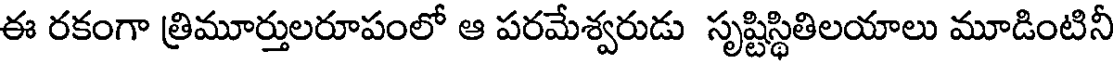
ఈ రకంగా త్రిమూర్తులరూపంలో ఆ పరమేశ్వరుడు సృష్టిస్థితిలయాలు మూడింటినీ